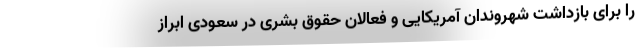
را برای بازداشت شهروندان آمریکایی و فعالان حقوق بشری در سعودی ابراز